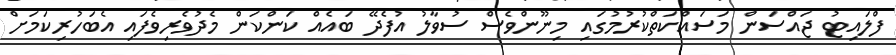
ފްލައިޓު ޖައްސަން މަސައްކަތްކުރުމުގައި މިނޫންވެސް ސުވާލު އުފެދޭ ބައެއް ކަންކަން މެދުވެރިވެފައި އެބަހުރިކަމަށް